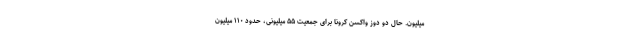
میلیون. حال دو دوز واکسن کرونا برای جمعیت ۵۵ میلیونی، حدود ۱۱۰ میلیون